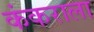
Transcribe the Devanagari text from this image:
कंकराला